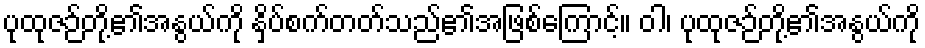
ပုထုဇဉ်တို့၏အနွယ်ကို နှိပ်စက်တတ်သည်၏အဖြစ်ကြောင့်။ ဝါ၊ ပုထုဇဉ်တို့၏အနွယ်ကို